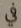
في